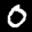
Label: 0